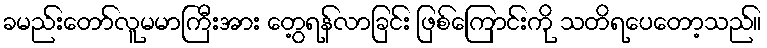
ခမည်းတော်လူမမာကြီးအား တွေ့ရန်လာခြင်း ဖြစ်ကြောင်းကို သတိရပေတော့သည်။